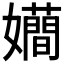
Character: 𭒮